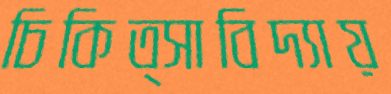
চিকিত্সাবিদ্যায়